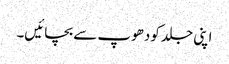
اپنی جلد کودھوپ سے بچائیں۔